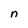
Character: n